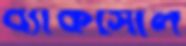
ব্যাকসোল